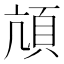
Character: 頏